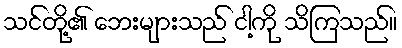
သင်တို့၏ ဘေးများသည် ငါ့ကို သိကြသည်။